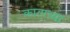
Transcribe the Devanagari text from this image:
काताच्या